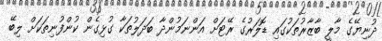
ދުނިޔޭގެ މާލީ ބާޒާރުތަކުގައި ޑޮލަރުގެ ރޭޓަށް އަންނަމުންދާ ބަދަލުތަކާ ގުޅިގެން ކުންފުނިތަކަށް ލިބޭ